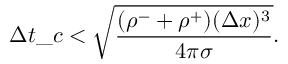
\Delta t \_ c < \sqrt { \frac { ( \rho ^ { - } + \rho ^ { + } ) ( \Delta x ) ^ { 3 } } { 4 \pi \sigma } } .